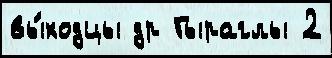
вы́ходцы др Гыраглы 2